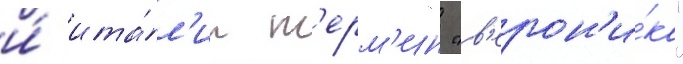
и́ ита́л'ии т'ерм'ин "в'ерон'и́ка"